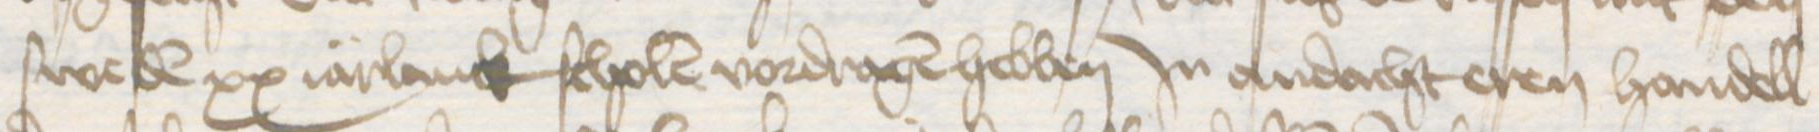
Transcription: sweden xx iarlanck scholen vordragen hebben Jn andacht eren handell